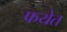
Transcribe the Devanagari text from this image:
फयेत